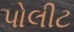
પોલીટ